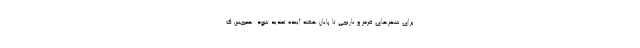
برای شهرهای قرمز و نارنجی تا پایان هفته آینده تمدید شود. همچنین ک